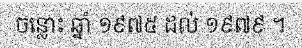
ចន្លោះ ឆ្នាំ ១៩៧៥ ដល់ ១៩៧៩ ។